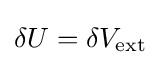
\delta U=\delta V_{\mathrm {ext} }